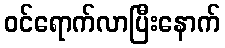
ဝင်ရောက်လာပြီးနောက်